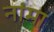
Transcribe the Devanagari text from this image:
नांमा